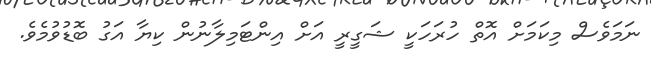
ނަމަވެސް މިކަމަށް އޮތް ހުރަހަކީ ޝަގީރީ އަށް އިންޓަމިލާނުން ކިޔާ އަގު ބޮޑުވުމެވެ.